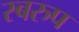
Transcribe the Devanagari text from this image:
स्बरुप